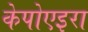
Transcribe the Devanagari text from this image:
केपोएइरा